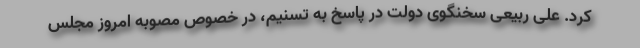
کرد. علی ربیعی سخنگوی دولت در پاسخ به تسنیم، در خصوص مصوبه امروز مجلس